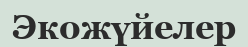
Экожүйелер